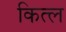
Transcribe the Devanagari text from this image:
कित्ल